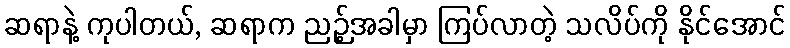
ဆရာနဲ့ ကုပါတယ်, ဆရာက ညဉ့်အခါမှာ ကြပ်လာတဲ့ သလိပ်ကို နိုင်အောင်